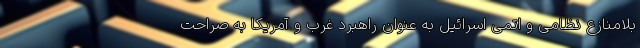
بلامنازع نظامی و اتمی اسرائیل به عنوان راهبرد غرب و آمریکا به صراحت